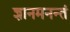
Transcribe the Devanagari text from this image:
ज्ञानमनन्तं